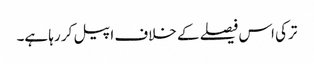
ترکی اس فیصلے کے خلاف اپیل کر رہا ہے۔